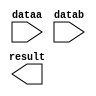
// megafunction wizard: %LPM_MULT%VBB%
// GENERATION: STANDARD
// VERSION: WM1.0
// MODULE: lpm_mult 

// ============================================================
// Megafunction Name(s):
// 			lpm_mult
//
// Simulation Library Files(s):
// 			lpm
// ============================================================
// ************************************************************
// THIS IS A WIZARD-GENERATED FILE. DO NOT EDIT THIS FILE!
//
// 11.0 Build 208 07/03/2011 SP 1 SJ Full Version
// ************************************************************

//Copyright (C) 1991-2011 Altera Corporation
//Your use of Altera Corporation's design tools, logic functions 
//and other software and tools, and its AMPP partner logic 
//functions, and any output files from any of the foregoing 
//(including device programming or simulation files), and any 
//associated documentation or information are expressly subject 
//to the terms and conditions of the Altera Program License 
//Subscription Agreement, Altera MegaCore Function License 
//Agreement, or other applicable license agreement, including, 
//without limitation, that your use is for the sole purpose of 
//programming logic devices manufactured by Altera and sold by 
//Altera or its authorized distributors.  Please refer to the 
//applicable agreement for further details.

module Mult25_36 (
	dataa,
	datab,
	result);

	input	[24:0]  dataa;
	input	[35:0]  datab;
	output	[60:0]  result;

endmodule

// ============================================================
// CNX file retrieval info
// ============================================================
// Retrieval info: PRIVATE: AutoSizeResult NUMERIC "1"
// Retrieval info: PRIVATE: B_isConstant NUMERIC "0"
// Retrieval info: PRIVATE: ConstantB NUMERIC "0"
// Retrieval info: PRIVATE: INTENDED_DEVICE_FAMILY STRING "Cyclone IV E"
// Retrieval info: PRIVATE: LPM_PIPELINE NUMERIC "0"
// Retrieval info: PRIVATE: Latency NUMERIC "0"
// Retrieval info: PRIVATE: SYNTH_WRAPPER_GEN_POSTFIX STRING "1"
// Retrieval info: PRIVATE: SignedMult NUMERIC "1"
// Retrieval info: PRIVATE: USE_MULT NUMERIC "1"
// Retrieval info: PRIVATE: ValidConstant NUMERIC "0"
// Retrieval info: PRIVATE: WidthA NUMERIC "25"
// Retrieval info: PRIVATE: WidthB NUMERIC "36"
// Retrieval info: PRIVATE: WidthP NUMERIC "61"
// Retrieval info: PRIVATE: aclr NUMERIC "0"
// Retrieval info: PRIVATE: clken NUMERIC "0"
// Retrieval info: PRIVATE: new_diagram STRING "1"
// Retrieval info: PRIVATE: optimize NUMERIC "0"
// Retrieval info: LIBRARY: lpm lpm.lpm_components.all
// Retrieval info: CONSTANT: LPM_HINT STRING "DEDICATED_MULTIPLIER_CIRCUITRY=YES,MAXIMIZE_SPEED=5"
// Retrieval info: CONSTANT: LPM_REPRESENTATION STRING "SIGNED"
// Retrieval info: CONSTANT: LPM_TYPE STRING "LPM_MULT"
// Retrieval info: CONSTANT: LPM_WIDTHA NUMERIC "25"
// Retrieval info: CONSTANT: LPM_WIDTHB NUMERIC "36"
// Retrieval info: CONSTANT: LPM_WIDTHP NUMERIC "61"
// Retrieval info: USED_PORT: dataa 0 0 25 0 INPUT NODEFVAL "dataa[24..0]"
// Retrieval info: USED_PORT: datab 0 0 36 0 INPUT NODEFVAL "datab[35..0]"
// Retrieval info: USED_PORT: result 0 0 61 0 OUTPUT NODEFVAL "result[60..0]"
// Retrieval info: CONNECT: @dataa 0 0 25 0 dataa 0 0 25 0
// Retrieval info: CONNECT: @datab 0 0 36 0 datab 0 0 36 0
// Retrieval info: CONNECT: result 0 0 61 0 @result 0 0 61 0
// Retrieval info: GEN_FILE: TYPE_NORMAL Mult25_36.v TRUE
// Retrieval info: GEN_FILE: TYPE_NORMAL Mult25_36.inc FALSE
// Retrieval info: GEN_FILE: TYPE_NORMAL Mult25_36.cmp FALSE
// Retrieval info: GEN_FILE: TYPE_NORMAL Mult25_36.bsf FALSE
// Retrieval info: GEN_FILE: TYPE_NORMAL Mult25_36_inst.v TRUE
// Retrieval info: GEN_FILE: TYPE_NORMAL Mult25_36_bb.v TRUE
// Retrieval info: GEN_FILE: TYPE_NORMAL Mult25_36_syn.v TRUE
// Retrieval info: LIB_FILE: lpm